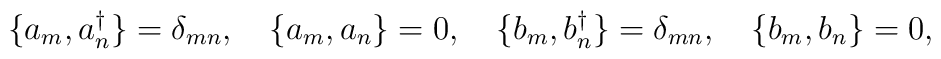
\{ a_m, a_n^\dagger \} = \delta_{mn}, \quad \{ a_m, a_n \} = 0, \quad \{ b_m, b_n^\dagger \} = \delta_{mn}, \quad \{ b_m, b_n \} = 0,